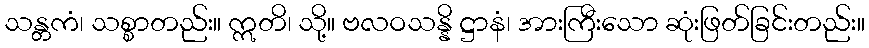
သန္တကံ၊ သစ္စာတည်း။ ဣတိ၊ သို့။ ဗလဝသန္နိ ဋ္ဌာနံ၊ အားကြီးသော ဆုံးဖြတ်ခြင်းတည်း။